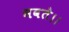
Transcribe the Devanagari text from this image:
भवते।।